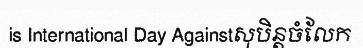
is International Day Againstសុបិន្តចំលែក